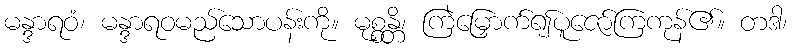
မန္ဒာရဝံ၊ မန္ဒာရဝမည်သောပန်းကို။ မုစ္စန္တိ၊ ကြဲမြှောက်၍ပူဇော်ကြကုန်၏။ တဒါ၊